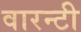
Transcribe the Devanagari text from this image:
वारन्टी